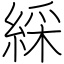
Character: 綵